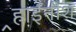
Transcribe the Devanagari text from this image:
र्‍हाईनीश